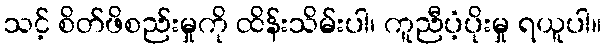
သင့် စိတ်ဖိစည်းမှုကို ထိန်းသိမ်းပါ၊ ကူညီပံ့ပိုးမှု ရယူပါ။